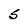
Character: S